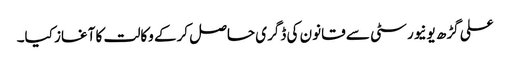
علی گڑھ یونیورسٹی سے قانون کی ڈگری حاصل کرکے وکالت کا آغاز کیا۔